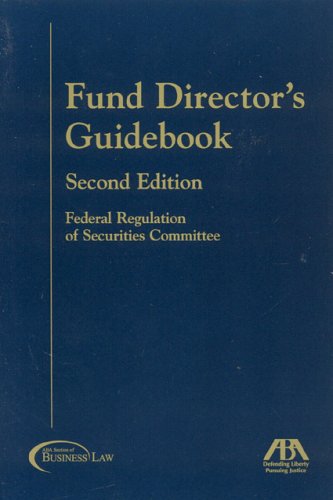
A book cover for Fund Director's Guidebook; American Bar Association; Law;